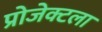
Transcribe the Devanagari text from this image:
प्रोजेक्टला